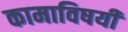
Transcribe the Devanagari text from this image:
कामाविषयी